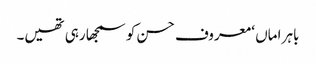
باہر اماں ‘ معروف حسن کو سمجھا رہی تھیں۔